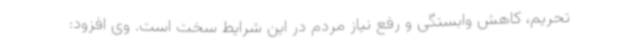
تحریم، کاهش وابستگی و رفع نیاز مردم در این شرایط سخت است. وی افزود: